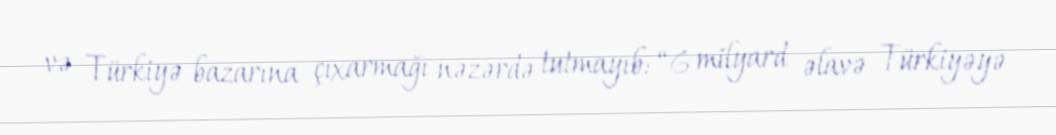
və Türkiyə bazarına çıxarmağı nəzərdə tutmayıb: “6 milyard əlavə Türkiyəyə